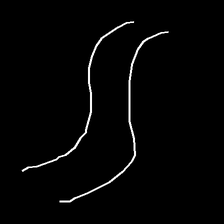
Glyph: float